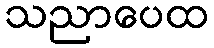
သညာပေထ